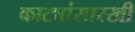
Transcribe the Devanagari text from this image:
काट्यांसारखी